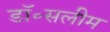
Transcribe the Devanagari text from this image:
डॉ॰सलीम